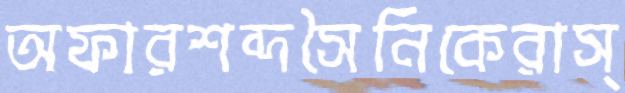
অফারশব্দসৈনিকেরাস্